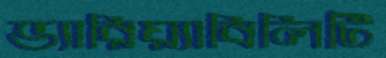
ভ্যারিয়্যাবিলিটি